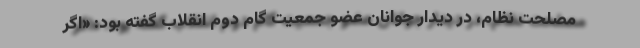
مصلحت نظام، در دیدار جوانان عضو جمعیت گام دوم انقلاب گفته بود: «اگر